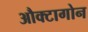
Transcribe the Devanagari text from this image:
औक्टागोन